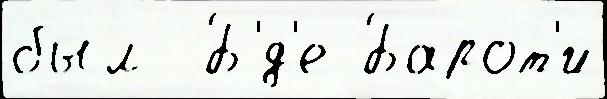
был  Б'́д'е Барот'и